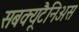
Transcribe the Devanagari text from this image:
सबक्यूटैनिअस